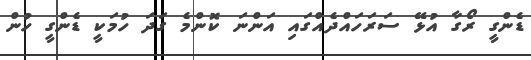
ޑެންގީ ރޯގާ އުޅޭ ސަރަހައްދެއްގައި އަންނަ ކޮންމެ ގަދަ ހުމަކީ ޑެންގީ ހުން